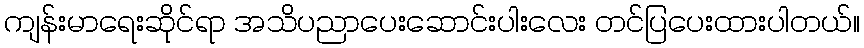
ကျန်းမာရေးဆိုင်ရာ အသိပညာပေးဆောင်းပါးလေး တင်ပြပေးထားပါတယ်။